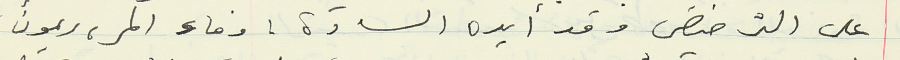
على الترخيص وقد أيده السادة : وفاء المر, ريمون